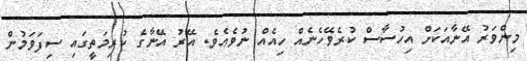
މިންވަރު އޭނާއަކަށް އިހުސާސް ކުރެވޭހެނެއް ހިއެއް ނުވެއެވެ. އޭރު އޭނާގެ ކުރިމަތީގައި ސިފަވަމުން